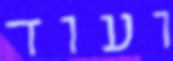
ועוד